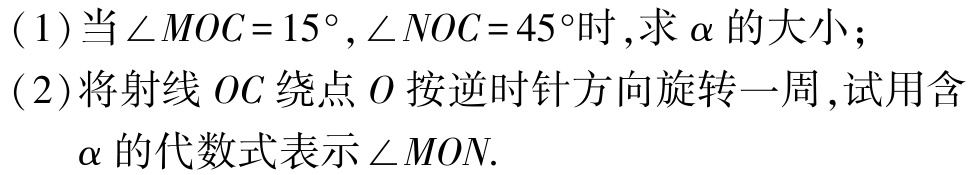
(1)当$\angle MOC = 15^{\circ},\angle NOC = 45^{\circ}$时,求$\alpha$的大小；

(2)将射线$OC$绕点$O$按逆时针方向旋转一周,试用含

$\alpha$的代数式表示$\angle MON$.